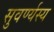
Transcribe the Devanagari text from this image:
सुवर्ण्यस्य